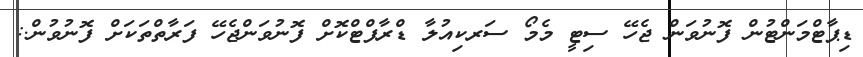
ޑިޕާޓްމަންޓުން ފޮނުވަން ޖެހޭ ސިޓީ މެމޯ ސަރކިއުލާ ޑްރާފްޓްކޮށް ފޮނުވަންޖެހޭ ފަރާތްތަކަށް ފޮނުވުން.: